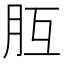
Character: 𦙁